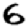
Digit: 6